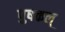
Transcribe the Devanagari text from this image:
पुषकल्